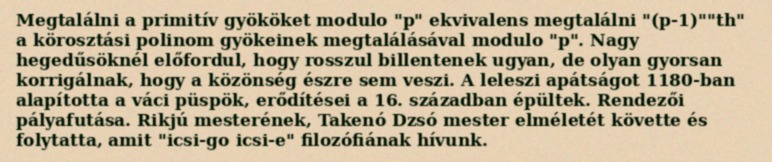
Megtalálni a primitív gyököket modulo "p" ekvivalens megtalálni "(p-1)""th" a körosztási polinom gyökeinek megtalálásával modulo "p". Nagy hegedűsöknél előfordul, hogy rosszul billentenek ugyan, de olyan gyorsan korrigálnak, hogy a közönség észre sem veszi. A leleszi apátságot 1180-ban alapította a váci püspök, erődítései a 16. században épültek. Rendezői pályafutása. Rikjú mesterének, Takenó Dzsó mester elméletét követte és folytatta, amit "icsi-go icsi-e" filozófiának hívunk.